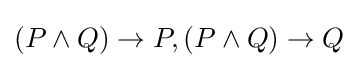
(P\land Q)\to P,(P\land Q)\to Q